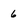
Character: 6